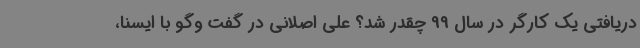
دریافتی یک کارگر در سال 99 چقدر شد؟ علی اصلانی در گفت وگو با ایسنا،